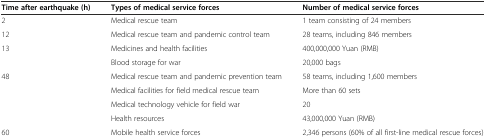
| Time after earthquake (h) | Types of medical service forces | Number of medical service forces |
 | --- | --- | --- |
 | 2 | Medical rescue team | 1 team consisting of 24 members |
 | 12 | Medical rescue team and pandemic control team | 28 teams, including 846 members |
 | <ROWSPAN=2> 13 | Medicines and health facilities | 400,000,000 Yuan (RMB) |
 | Blood storage for war | 20,000 bags |
 | <ROWSPAN=4> 48 | Medical rescue team and pandemic prevention team | 58 teams, including 1,600 members |
 | Medical facilities for field medical rescue team | More than 60 sets |
 | Medical technology vehicle for field war | 20 |
 | Health resources | 43,000,000 Yuan (RMB) |
 | 60 | Mobile health service forces | 2,346 persons (60% of all first-line medical rescue forces) |